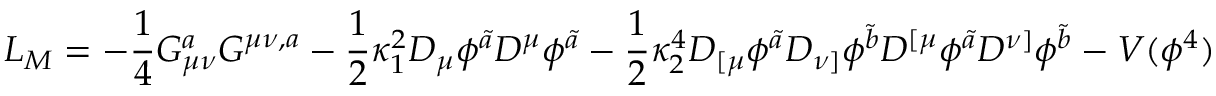
{ \cal L } _ { M } = - \frac { 1 } { 4 } G _ { \mu \nu } ^ { a } G ^ { \mu \nu , a } - { \frac { 1 } { 2 } } \kappa _ { 1 } ^ { 2 } D _ { \mu } \phi ^ { \tilde { a } } D ^ { \mu } \phi ^ { \tilde { a } } - { \frac { 1 } { 2 } } \kappa _ { 2 } ^ { 4 } D _ { [ \mu } \phi ^ { \tilde { a } } D _ { \nu ] } \phi ^ { \tilde { b } } D ^ { [ \mu } \phi ^ { \tilde { a } } D ^ { \nu ] } \phi ^ { \tilde { b } } - V ( \phi ^ { 4 } ) \,